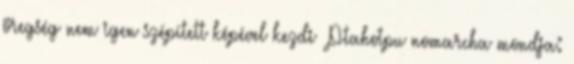
öregség nem igen szépített képével kezdi «Ptahotpu nomarcha mondja: